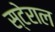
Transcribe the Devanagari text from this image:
स्टेराल